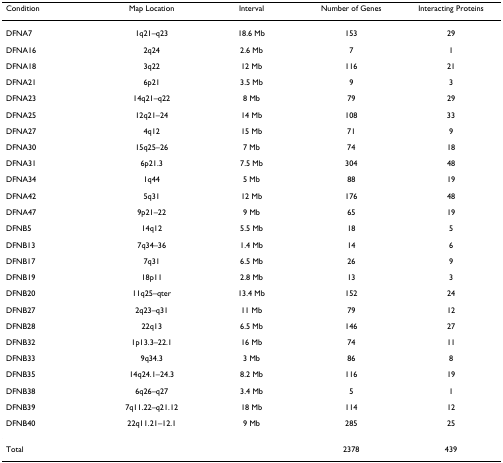
<table><thead><tr><td><b>Condition</b></td><td><b>Map Location</b></td><td><b>Interval</b></td><td><b>Number of Genes</b></td><td><b>Interacting Proteins</b></td></tr></thead><tbody><tr><td>DFNA7</td><td>1q21–q23</td><td>18.6 Mb</td><td>153</td><td>29</td></tr><tr><td>DFNA16</td><td>2q24</td><td>2.6 Mb</td><td>7</td><td>1</td></tr><tr><td>DFNA18</td><td>3q22</td><td>12 Mb</td><td>116</td><td>21</td></tr><tr><td>DFNA21</td><td>6p21</td><td>3.5 Mb</td><td>9</td><td>3</td></tr><tr><td>DFNA23</td><td>14q21–q22</td><td>8 Mb</td><td>79</td><td>29</td></tr><tr><td>DFNA25</td><td>12q21–24</td><td>14 Mb</td><td>108</td><td>33</td></tr><tr><td>DFNA27</td><td>4q12</td><td>15 Mb</td><td>71</td><td>9</td></tr><tr><td>DFNA30</td><td>15q25–26</td><td>7 Mb</td><td>74</td><td>18</td></tr><tr><td>DFNA31</td><td>6p21.3</td><td>7.5 Mb</td><td>304</td><td>48</td></tr><tr><td>DFNA34</td><td>1q44</td><td>5 Mb</td><td>88</td><td>19</td></tr><tr><td>DFNA42</td><td>5q31</td><td>12 Mb</td><td>176</td><td>48</td></tr><tr><td>DFNA47</td><td>9p21–22</td><td>9 Mb</td><td>65</td><td>19</td></tr><tr><td>DFNB5</td><td>14q12</td><td>5.5 Mb</td><td>18</td><td>5</td></tr><tr><td>DFNB13</td><td>7q34–36</td><td>1.4 Mb</td><td>14</td><td>6</td></tr><tr><td>DFNB17</td><td>7q31</td><td>6.5 Mb</td><td>26</td><td>9</td></tr><tr><td>DFNB19</td><td>18p11</td><td>2.8 Mb</td><td>13</td><td>3</td></tr><tr><td>DFNB20</td><td>11q25–qter</td><td>13.4 Mb</td><td>152</td><td>24</td></tr><tr><td>DFNB27</td><td>2q23–q31</td><td>11 Mb</td><td>79</td><td>12</td></tr><tr><td>DFNB28</td><td>22q13</td><td>6.5 Mb</td><td>146</td><td>27</td></tr><tr><td>DFNB32</td><td>1p13.3–22.1</td><td>16 Mb</td><td>74</td><td>11</td></tr><tr><td>DFNB33</td><td>9q34.3</td><td>3 Mb</td><td>86</td><td>8</td></tr><tr><td>DFNB35</td><td>14q24.1–24.3</td><td>8.2 Mb</td><td>116</td><td>19</td></tr><tr><td>DFNB38</td><td>6q26–q27</td><td>3.4 Mb</td><td>5</td><td>1</td></tr><tr><td>DFNB39</td><td>7q11.22–q21.12</td><td>18 Mb</td><td>114</td><td>12</td></tr><tr><td>DFNB40</td><td>22q11.21–12.1</td><td>9 Mb</td><td>285</td><td>25</td></tr><tr><td>Total</td><td></td><td></td><td>2378</td><td>439</td></tr></tbody></table>